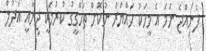
ފެނިއްޖެ ނަމަ އެ މީހަކު ހައްޔަރު ނުކޮށް ތަހްގީގު ކުރުމަކީ ޖިނާއީ އަދުލް